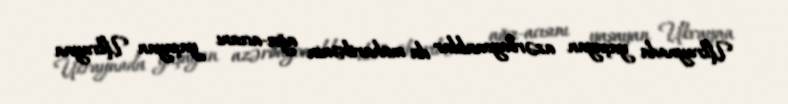
Ukraynada yaşayan azərbaycanlılar da müharibənin ağrı-acısını yaşayan Ukrayna